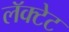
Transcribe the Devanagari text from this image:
लॅक्टेट